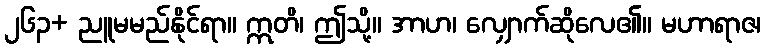
၂၆၃+ ညူမမည်နိုင်ရာ။ ဣတိ၊ ဤသို့။ အာဟ၊ လျှောက်ဆိုလေ၏။ မဟာရာဇ၊